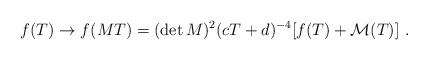
LaTeX: \begin{align*}f(T) \rightarrow f(MT)=(\det M )^{2} (cT+d)^{-4} [f(T)+{\cal M}(T)]\ .\end{align*}